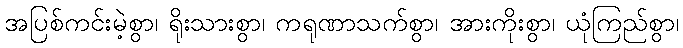
အပြစ်ကင်းမဲ့စွာ၊ ရိုးသားစွာ၊ ကရုဏာသက်စွာ၊ အားကိုးစွာ၊ ယုံကြည်စွာ၊